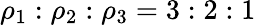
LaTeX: \rho_{1}:\rho_{2}:\rho_{3}=3:2:1